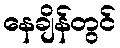
နေချိန်တွင်